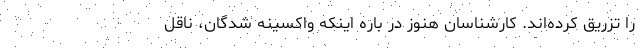
را تزریق کرده‌اند. کارشناسان هنوز در باره اینکه واکسینه شدگان، ناقل